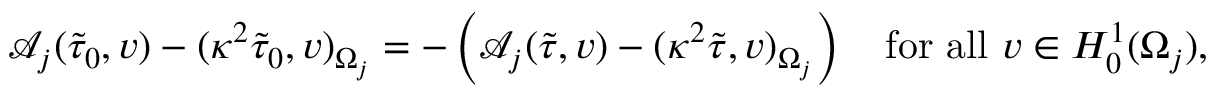
\begin{array} { r } { \mathcal { A } _ { j } ( \tilde { \tau } _ { 0 } , v ) - ( \kappa ^ { 2 } \tilde { \tau } _ { 0 } , v ) _ { \Omega _ { j } } = - \left( \mathcal { A } _ { j } ( \tilde { \tau } , v ) - ( \kappa ^ { 2 } \tilde { \tau } , v ) _ { \Omega _ { j } } \right) \quad \mathrm { f o r ~ a l l ~ } v \in H _ { 0 } ^ { 1 } ( \Omega _ { j } ) , } \end{array}